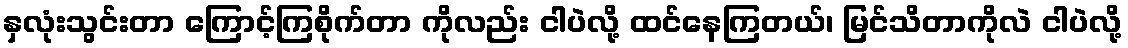
နှလုံးသွင်းတာ ကြောင့်ကြစိုက်တာ ကိုလည်း ငါပဲလို့ ထင်နေကြတယ်၊ မြင်သိတာကိုလဲ ငါပဲလို့